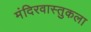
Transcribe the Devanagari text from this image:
मंदिरवास्तुकला